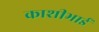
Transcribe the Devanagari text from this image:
काशीभाई